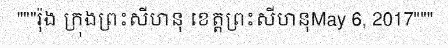
"""រ៉ុង ក្រុងព្រះសីហនុ ខេត្តព្រះសីហនុMay 6, 2017"""